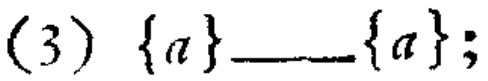
(3) \(\{a\}\underline{\quad\quad}\{a\}\);